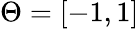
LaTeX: \Theta=[-1,1]